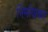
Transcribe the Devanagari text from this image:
निर्माणकर